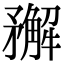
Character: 𥎎